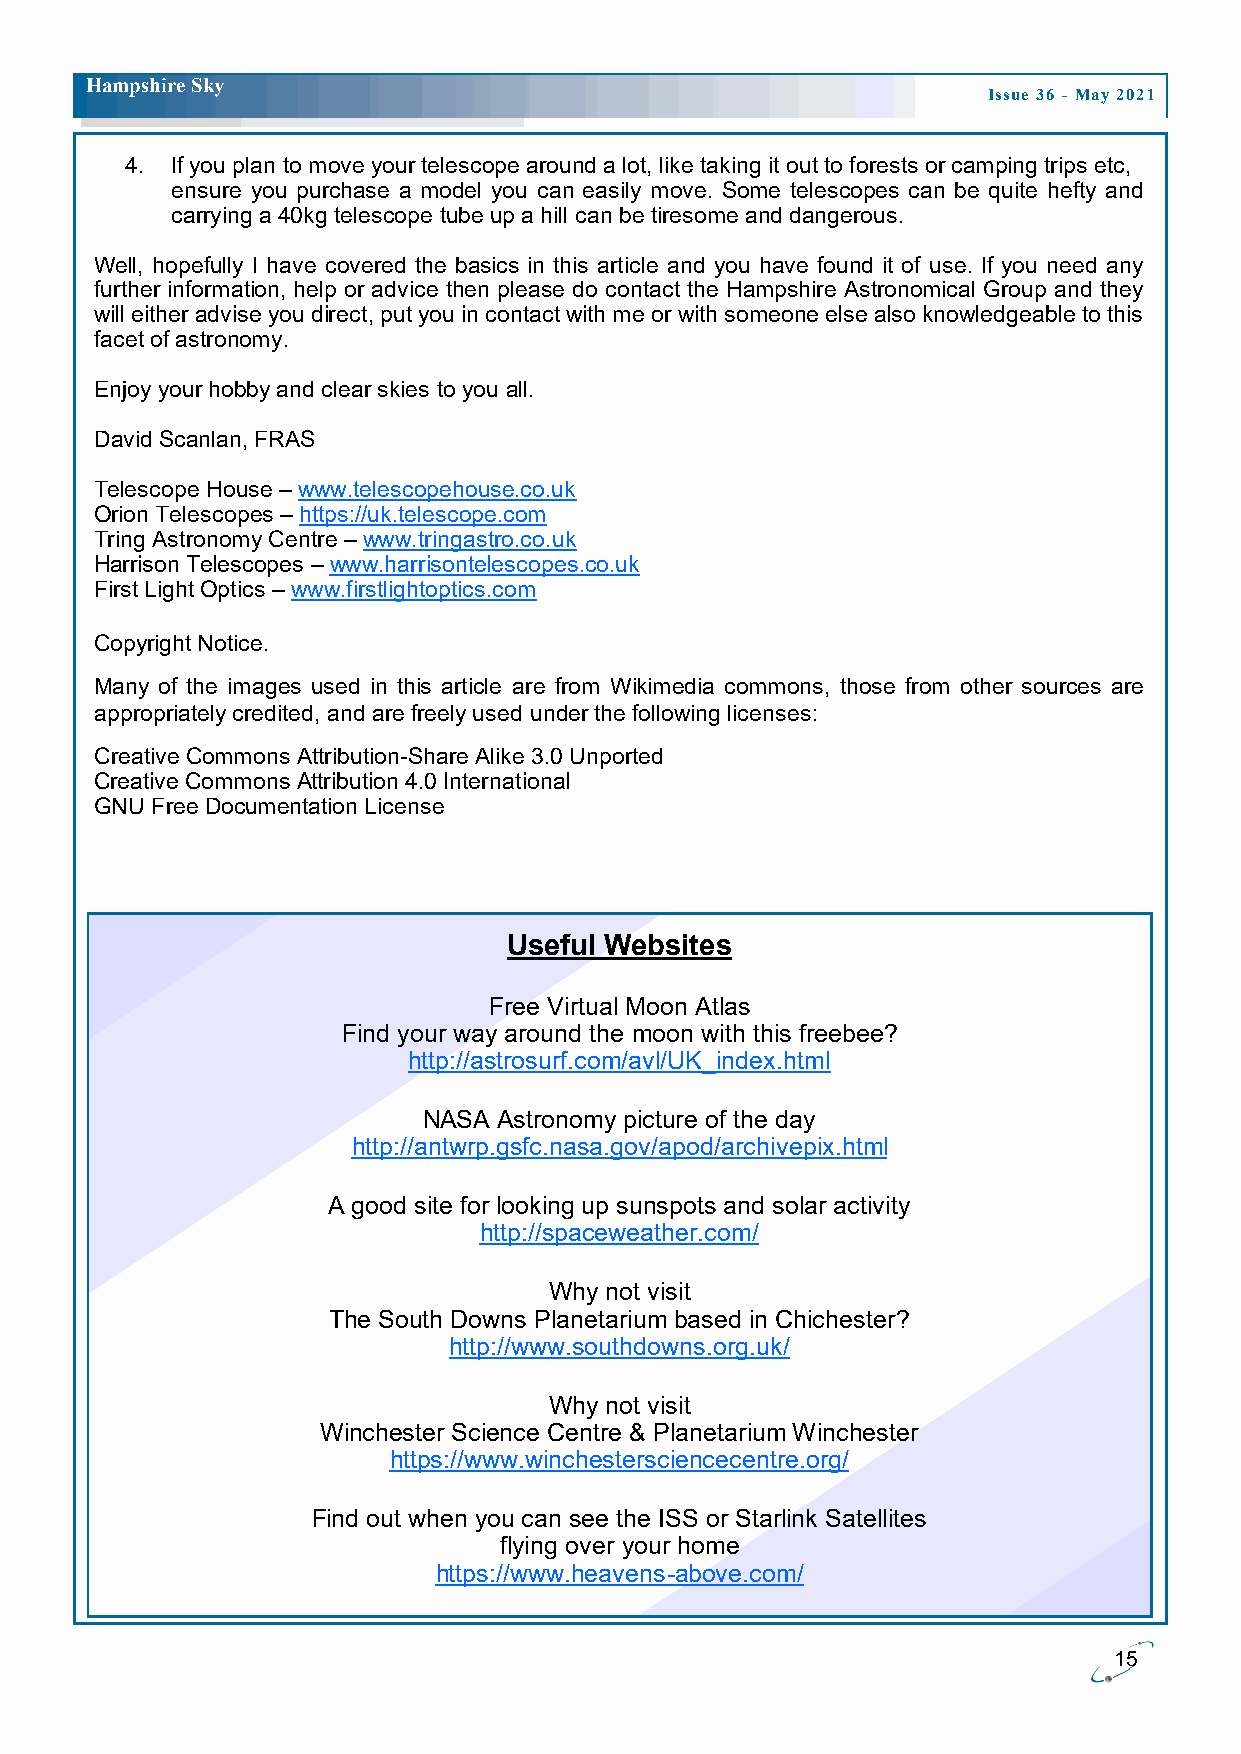
H ampshire Sky
 Issue 36 - May 2021
 4. If you plan to move your telescope around a lot, like taking it out to forests or camping trips etc,
 ensure you purchase a model you can easily move. Some telescopes can be quite hefty and
 carrying a 40kg telescope tube up a hill can be tiresome and dangerous.
 Well, hopefully I have covered the basics in this article and you have found it of use. If you need any
 further information, help or advice then please do contact the Hampshire Astronomical Group and they
 will either advise you direct, put you in contact with me or with someone else also knowledgeable to this
 facet of astronomy.
 Enjoy your hobby and clear skies to you all.
 David Scanlan, FRAS
 Telescope House – www.telescopehouse.co.uk
 Orion Telescopes – https://uk.telescope.com
 Tring Astronomy Centre – www.tringastro.co.uk
 Harrison Telescopes – www.harrisontelescopes.co.uk
 First Light Optics – www.firstlightoptics.com
 Copyright Notice.
 Many of the images used in this article are from Wikimedia commons, those from other sources are
 appropriately credited, and are freely used under the following licenses:
 Creative Commons Attribution-Share Alike 3.0 Unported
 Creative Commons Attribution 4.0 International
 GNU Free Documentation License
 Useful Websites
 Free Virtual Moon Atlas
 Find your way around the moon with this freebee?
 http://astrosurf.com/avl/UK_index.html
 NASA Astronomy picture of the day
 http://antwrp.gsfc.nasa.gov/apod/archivepix.html
 A good site for looking up sunspots and solar activity
 http://spaceweather.com/
 Why not visit
 The South Downs Planetarium based in Chichester?
 http://www.southdowns.org.uk/
 Why not visit
 Winchester Science Centre & Planetarium Winchester
 https://www.winchestersciencecentre.org/
 Find out when you can see the ISS or Starlink Satellites
 flying over your home
 https://www.heavens-above.com/
 15